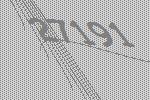
27191